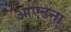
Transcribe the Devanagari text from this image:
आएटना